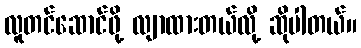
လူတင်ဆောင်ဖို့ လျာထားတယ်လို့ ဆိုပါတယ်။